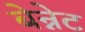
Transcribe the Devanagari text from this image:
बेन्नेट